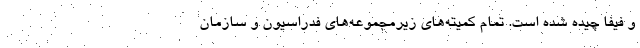
و فیفا چیده شده است. تمام کمیته‌های زیرمجموعه‌های فدراسیون و سازمان